Vital statistics of India. Vol. VI, European troops 1870-79
Year: 1870
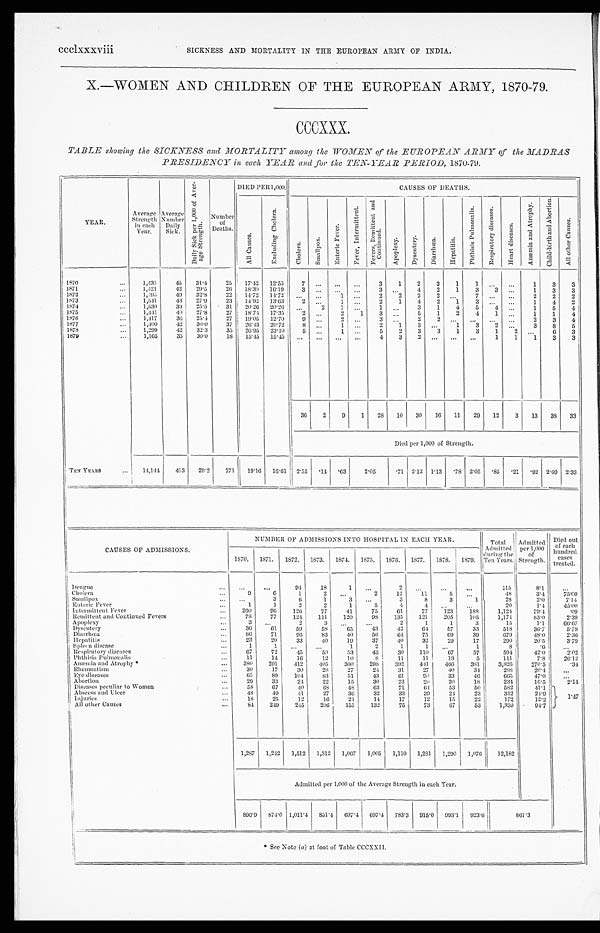
ccclxxxviii
SICKNESS AND MORTALITY IN THE EUROPEAN ARMY OF INDIA.
X.—WOMEN AND CHILDREN OF THE EUROPEAN ARMY, 1870-79.
CCCXXX.
TABLE showing the SICKNESS and MORTALITY among the WOMEN of the EUROPEAN ARMY of the MADRAS
PRESIDENCY in each YEAR and for the TEN-YEAR PERIOD, 1870-79.
YEAR.
Average
Strength
in each
Year.
Average
Number
Daily
Sick.
D a i l y S i c k p e r 1 , 0 0 0 o f A v e r -
a g e S t r e n g t h .
N u m b e r
o f
D e a t h s .
DIED PER 1,000.
CAUSES OF DEATHS.
A l l C a u s e s .
E x c l u d i n g C h o l e r a .
C h o l e r a .
S ma l l p o x .
E n t e r i c F e v e r .
F e v e r , I n t e r m i t t e n t .
F e v e r s , R e m i t t e n t a n d
Co n t i n u e d .
A p o p l e x y .
D y s e n t e r y .
D i a r r h œ a .
H e p a t i t i s .
P h t h i s i s P u l m o n a l i s .
R e s p i r a t o r y d i s e a s e s .
H e a r t d i s e a s e s .
A n æ m i a a n d A t r o p h y .
C h i l d - b i r t h a n d A b o r t i o n .
A l l o t h e r C a u s e s .
1870
...
1,435
4 5 31.4
25 1 7 . 4 2
12.55
7
...
. . . . . .
3
1
2
3
1
1
. . .
. . .
1
3
3
1871
. . . 1,421
42 29.5
26
1 8 . 3 0
1 6 . 1 9
3 ...
. . . ...
3 ...
4
2
1
3
3
. . . 1
3
3
1872
...
1,495
49 32.8
22 14.72
1 4 . 7 2 ...
. . .
1 ...
2
2
2
2
. . .
7 . . .
. . . 2
2
2
1873
. . . 1,541
43 27.9
23 14.92 13.63
2
. . . 1 ...
2
1
4
2
1
3
. . .
. . . 1
4 2
1874
...
1,530
39 25.5
31 20.26 20.26 ...
2
1 . . .
1
. . . 3
1
4
5
4
. . . 1
5
4
1875
. . . 1,441
40 27.8
27 18.74 17.35
2
... 2
1
3
. . . 5
1
2
4
1
. . . 1
1
4
1876
...
1,417
36 25.4
27 19.05 12.70
9
...
2
. . . 3
. . . 2
2
. . .
. . .
. . . . . .
2
3
4
1877
. . . 1,400
42 30.0
37 26.43 20.72
8 ...
1
. . . 2
1
3
. . . 1
3
2 ...
3
8
5
1878
. . . 1,299
42 32.3
35 26.95 23.10
5 ... 1 . . .
5
2 3
3
1
3
1
2
. . . 6
3
1879
...
1,165
35 30.0
18 15.45 15.45 ... ... ... ...
4
3
2
. . . . . .
. . .
1 1
1
3
3
36
2
9
1 28 10 30 16 11 29 12
3 13 38 33
Died per 1,000 of Strength.
TEN YEARS
... 14,144 413 29.2 271 19.16 16.61 2.55
. 1 4 . 63
2.05
.71 2.12 1.13 .78 2 . 0 5
.85
. 2 1 .92
2 . 6 9 2. 33
CAUSES OF ADMISSIONS.
NUMBER OF ADMISSIONS INTO HOSPITAL IN EACH YEAR.
Total
Admitted
during the
Ten Years.
Admitted
per 1,000
of
Strength.
Died out
of each
hundred c a s e s
treated.
1870. 1871. 1872. 1873. 1874. 1875. 1876. 1877. 1878. 1879.
D e n g u e
... ...
...
94
18
1 . . .
2
. . .
...
...
115
8 . 1 ...
Cholera
...
9 6
1
2
. . .
2
12
11
5
. . .
48
3.4
75.00
Smallpox
... ...
3
6
1
3
. . .
3
8
3
1
28
2.0
7.14
Enteric Fever
...
1
1
2
2
1
5
4
4
. . . ...
2 0
1.4
45.00
Intermittent Fever
. . . 260
9 6 126
77
41
75
61
77
123
188
1,124
79.4
. 0 9
Remittent and Continued Fevers
...
78
77
124
111
120
98
135
121
205
105
1,174
83.0
2.39
Apoplexy
...
3 ...
2
3
. . .
...
2
1
1
3
15
1.1
66.67
Dysentery
...
36
61
59
58
65
43
42
64
57
33
518
36.7
5.79
Diarrhœa
. . .
8 6 71
9 6 83
40
56
64
75
69
39
679
48.0
2.36
Hepatitis
...
23
20
33
4 0 19
37
40
32
29
17
290
20.5
3.79
Spleen disease
...
1
1
. . .
. . .
1
2
1
1
. . .
1
8
.6
...
Respiratory diseases
. . . 67
72
45
50
53
43
30
110
67
57
594
42.0
2.02
Phthisis Pulmonalis
...
11
14
16
12
10
8
11
11
13
5
111
7 . 8
26.12
Anæmia and Atrophy *
...
380 291
412
405
360
298
392
441 466
381
3,826
270.5
.34
Rheumatism
. . . 30
17
30
28
27
24
31
27
40
34
288
20.4 ...
Eye diseases
...
65
89
104
83
51
43
61
9 0
33
46
665
47.0
...
Abortion
. . .
29
33
24
22
15
30
23
20
20
18
234
16.5
2.14
Diseases peculiar to Women
. . .
58
67
40
68 48
63
71
64
53
50
582
41.1
1.47
Abscess and Ulcer
...
48
49
41
27
36
32
33
39
24
23
352
24.9
Injuries
...
18
25
12
16
21
14
17
12
15
22
172
12.2
All other Causes
. . .
84
249 245
206
155
132
75
73
67
53
1,339
94.7
1,287 1,242 1,512 1,312 1,067 1,005 1,110 1,281 1,290 1,076
12,182
Admitted per 1,000 of the Average Strength in each Year.
8 9 6 . 9 874.0 1,011.4 851.4 697. 4
697.4 783.3 915.0 993.1 923.6
8 6 1 . 3
* Sec Note (a) at foot of Table CCCXXII.